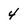
Character: 4